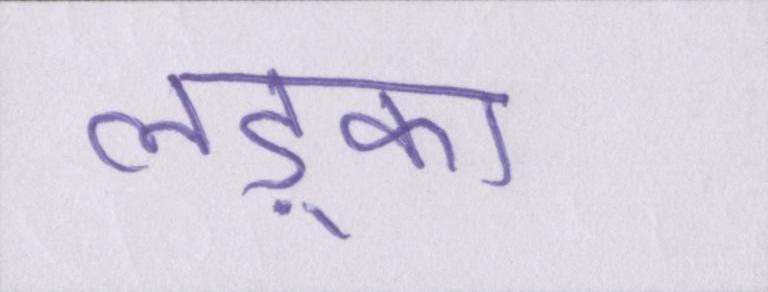
लड़्का